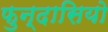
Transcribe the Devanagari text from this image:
फुन्दासियो